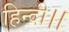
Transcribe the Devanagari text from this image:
हिन्दी।।